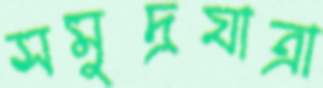
সমুদ্রযাত্রা